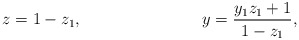
\begin{align*} z &= 1 - z_1, & y &= \frac{y_1z_1 + 1}{1 - z_1},\end{align*}